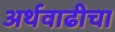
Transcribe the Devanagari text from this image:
अर्थवाढीचा